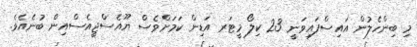
މި ބިންހެލުން އައިސްފައިވަނީ 23 ކިލޯ މީޓަރ އަޑިން ކަމަށްވެސް ޔޫއެސްޖީއެސްއިން ބުނެއެވެ.